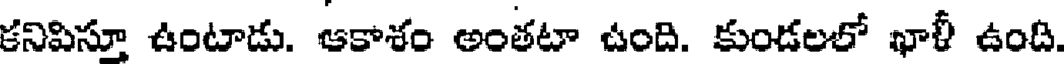
కనిపిస్తూ ఉంటాడు. ఆకాశం అంతటా ఉంది. కుండలలో ఖాళీ ఉంది.